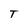
Character: T